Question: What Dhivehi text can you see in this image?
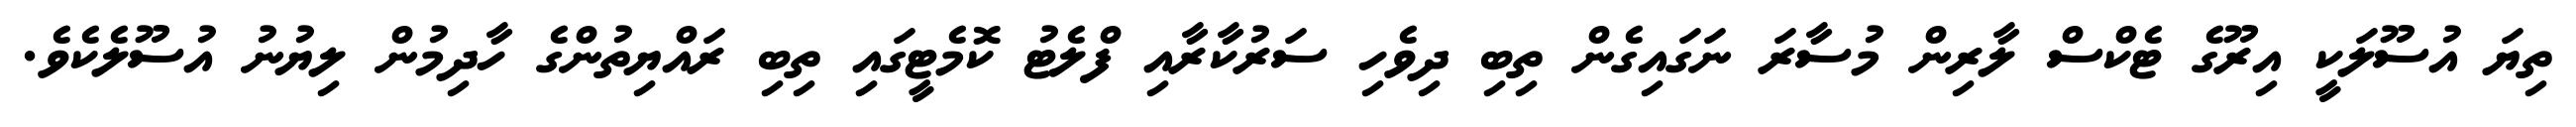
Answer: ތިޔަ އުސޫލަކީ އިރޫގެ ޓެކްސް ލާރިން މުސާރަ ނަގައިގެން ތިބި ދިވެހި ސަރުކާރާއި ފްލެޓު ކޮމެޓީގައި ތިބި ރައްޔިތުންގެ ހާދިމުން ލިޔުނު އުސޫލެކެވެ.